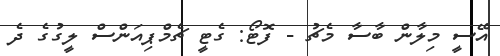
އޭސީ މިލާން ބާސާ މެޗު - ފޮޓޯ: ގެޓީ ޗެމްޕިއަންސް ލީގުގެ ދެ